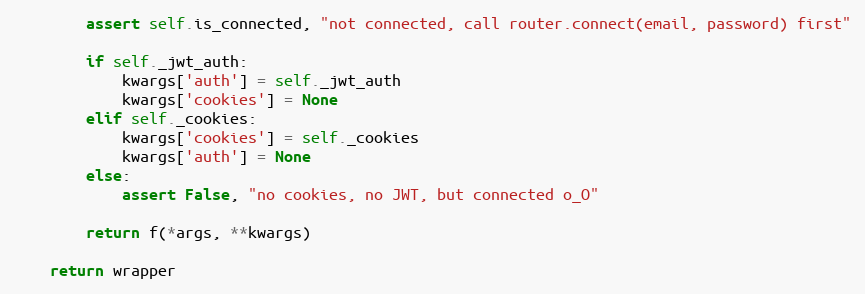
Language: Python
        assert self.is_connected, "not connected, call router.connect(email, password) first"

        if self._jwt_auth:
            kwargs['auth'] = self._jwt_auth
            kwargs['cookies'] = None
        elif self._cookies:
            kwargs['cookies'] = self._cookies
            kwargs['auth'] = None
        else:
            assert False, "no cookies, no JWT, but connected o_O"

        return f(*args, **kwargs)

    return wrapper